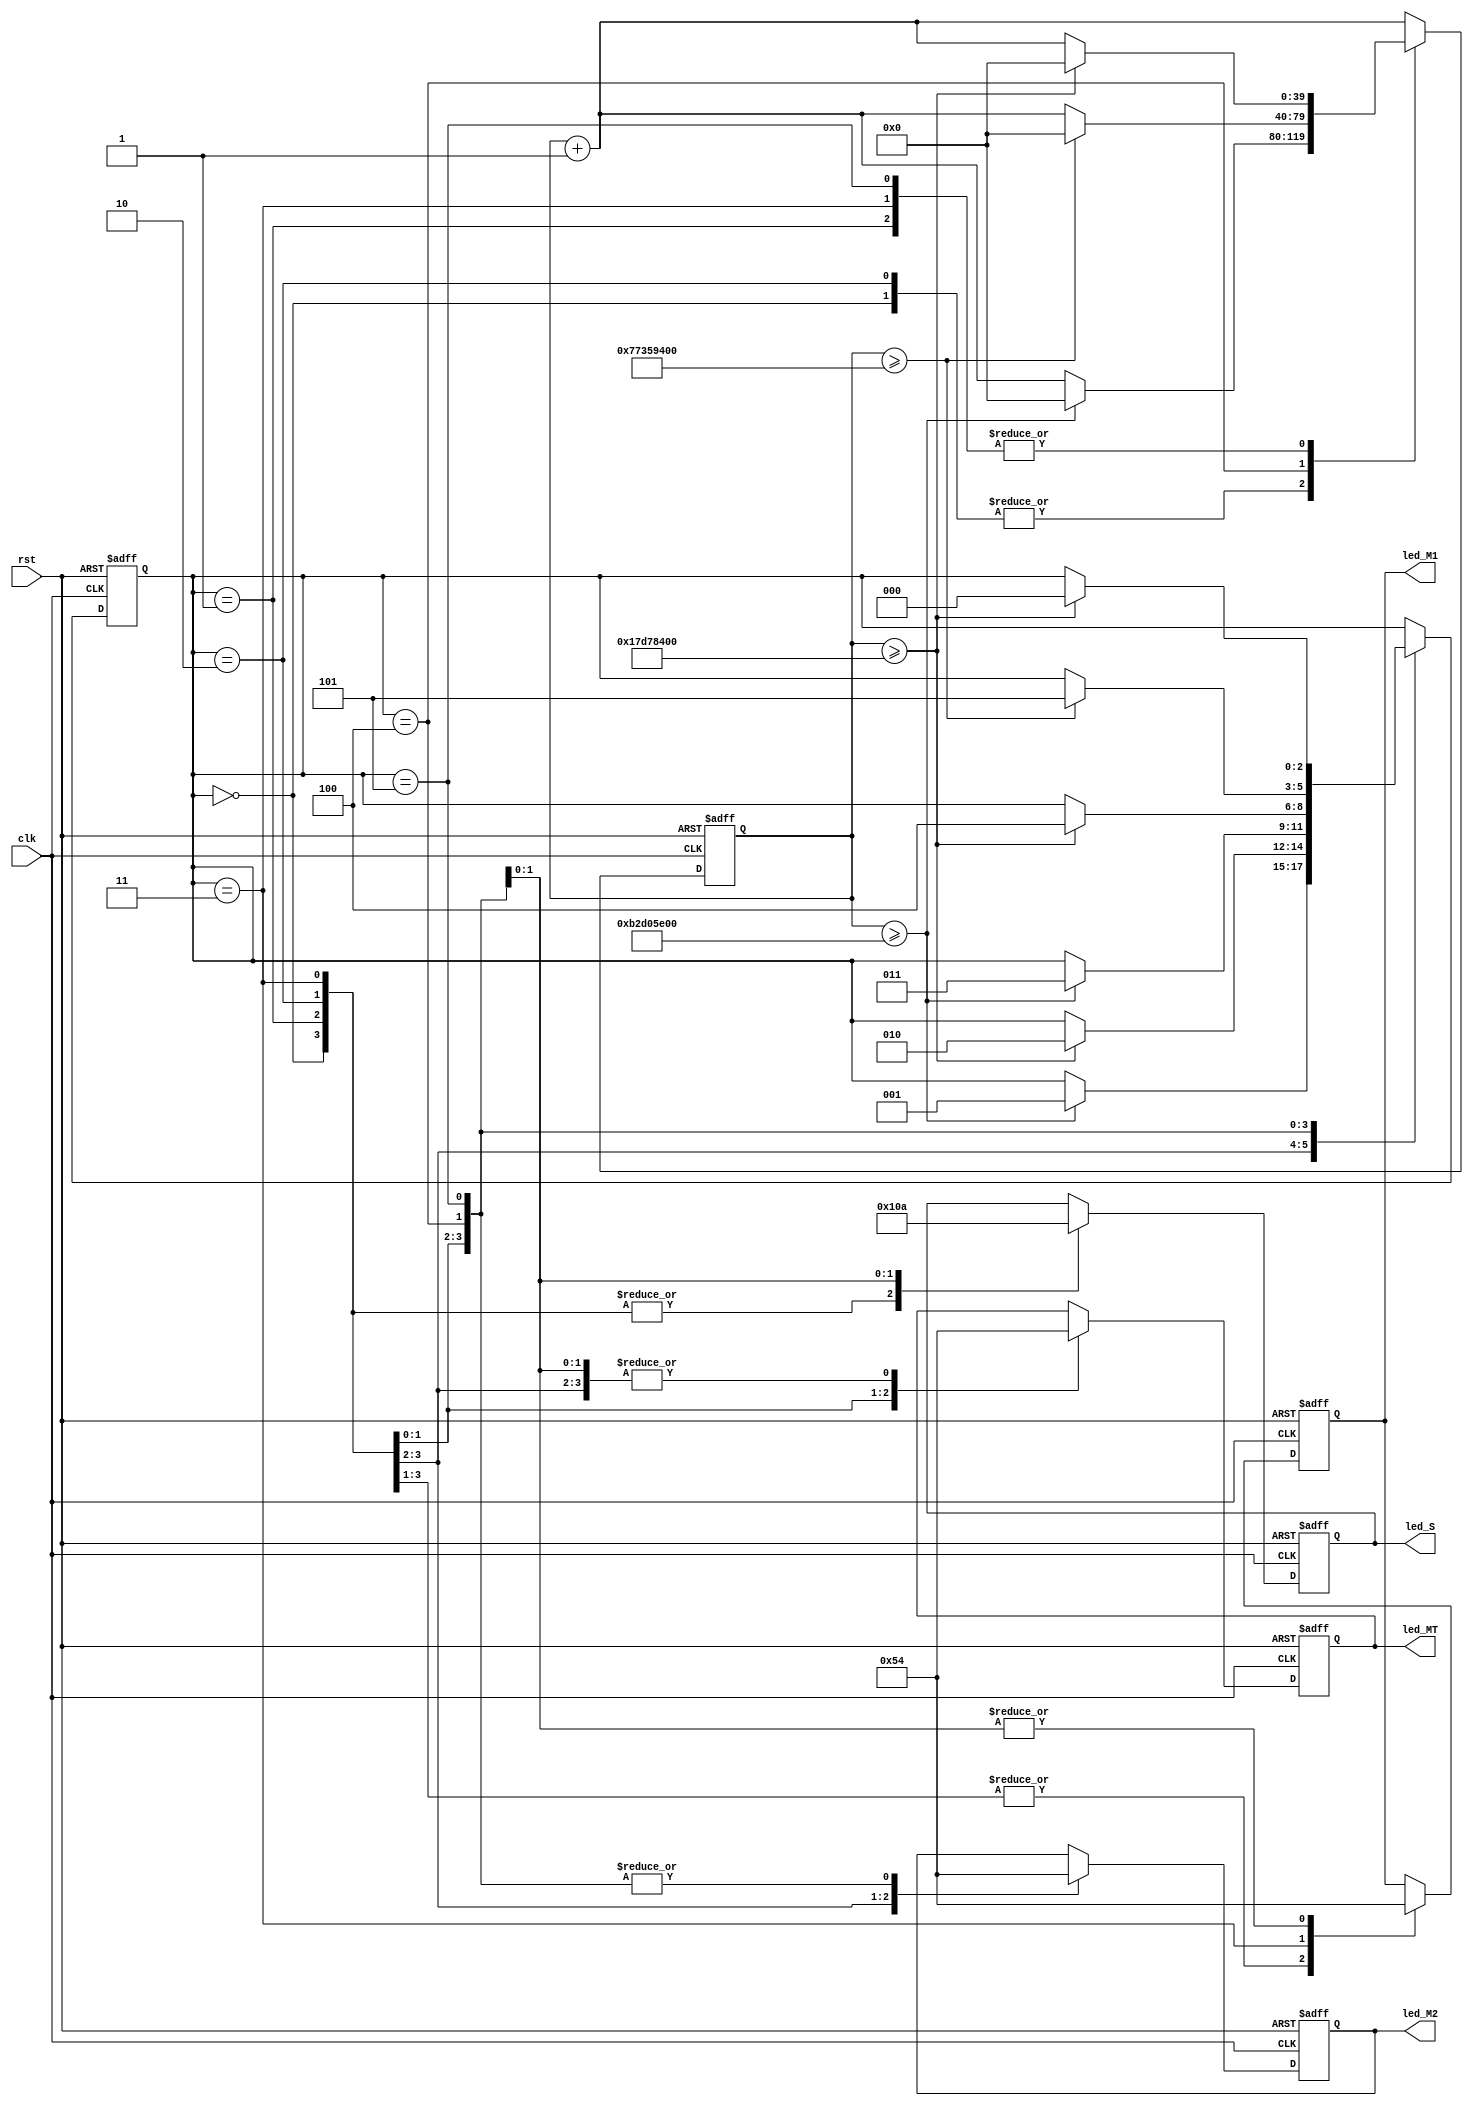
module TF_design (
    input wire clk,
    input wire rst,
    output reg [2:0] led_M1,
    output reg [2:0] led_MT,
    output reg [2:0] led_M2,
    output reg [2:0] led_S
);
    reg [2:0] state;
    reg [39:0] count;
    
    always @(posedge clk or posedge rst)
    begin
        if (rst)
        begin
            state <= 3'b000;
            count <= 40'd0;
            led_M1 <= 3'b0;
            led_M2 <= 3'b0;
            led_MT <= 3'b0;
            led_S <= 3'b0;
        end
        else
        begin
            count <= count + 1;
            
            case (state)
                3'b000: begin // ST1
                    led_M1 <= 3'b001;
                    led_M2 <= 3'b001;
                    led_MT <= 3'b100;
                    led_S <= 3'b100;
                    if (count >= 3_000_000_000) begin
                        state <= 3'b001;
                        count <= 40'd0;
                    end
                end
                
                3'b001: begin // ST2
                    led_M1 <= 3'b001;
                    led_M2 <= 3'b010;
                    led_MT <= 3'b100;
                    led_S <= 3'b100;
                    if (count >= 400_000_000) begin
                        state <= 3'b010;
                        count <= 40'd0;
                    end
                end
                
                3'b010: begin // ST3
                    led_M1 <= 3'b001;
                    led_M2 <= 3'b100;
                    led_MT <= 3'b001;
                    led_S <= 3'b100;
                    if (count >= 3_000_000_000) begin
                        state <= 3'b011;
                        count <= 40'd0;
                    end
                end
                
                3'b011: begin // ST4
                    led_M1 <= 3'b010;
                    led_M2 <= 3'b100;
                    led_MT <= 3'b010;
                    led_S <= 3'b100;
                    if (count >= 400_000_000) begin
                        state <= 3'b100;
                        count <= 40'd0;
                    end
                end
                
                3'b100: begin // ST5
                    led_M1 <= 3'b100;
                    led_M2 <= 3'b100;
                    led_MT <= 3'b100;
                    led_S <= 3'b001;
                    if (count >= 2_000_000_000) begin
                        state <= 3'b101;
                        count <= 40'd0;
                    end
                end
                
                3'b101: begin // ST6
                    led_M1 <= 3'b100;
                    led_M2 <= 3'b100;
                    led_MT <= 3'b100;
                    led_S <= 3'b010;
                    if (count >= 400_000_000) begin
                        state <= 3'b000;
                        count <= 40'd0;
                    end
                end
            endcase
        end
    end
endmodule